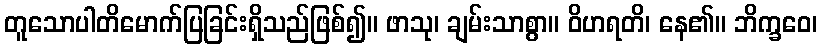
တူသောပါတိမောက်ပြခြင်းရှိသည်ဖြစ်၍။ ဖာသု၊ ချမ်းသာစွာ။ ဝိဟရတိ၊ နေ၏။ ဘိက္ခဝေ၊